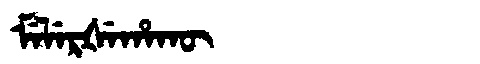
Manchu: ᠮᡝᠯᡝᡵᡧᡝᡥᠠᡴᡡ
Romanization: MELERŠEHAKŪ